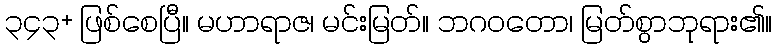
၃၄၃+ ဖြစ်စေပြီ။ မဟာရာဇ၊ မင်းမြတ်။ ဘဂဝတော၊ မြတ်စွာဘုရား၏။